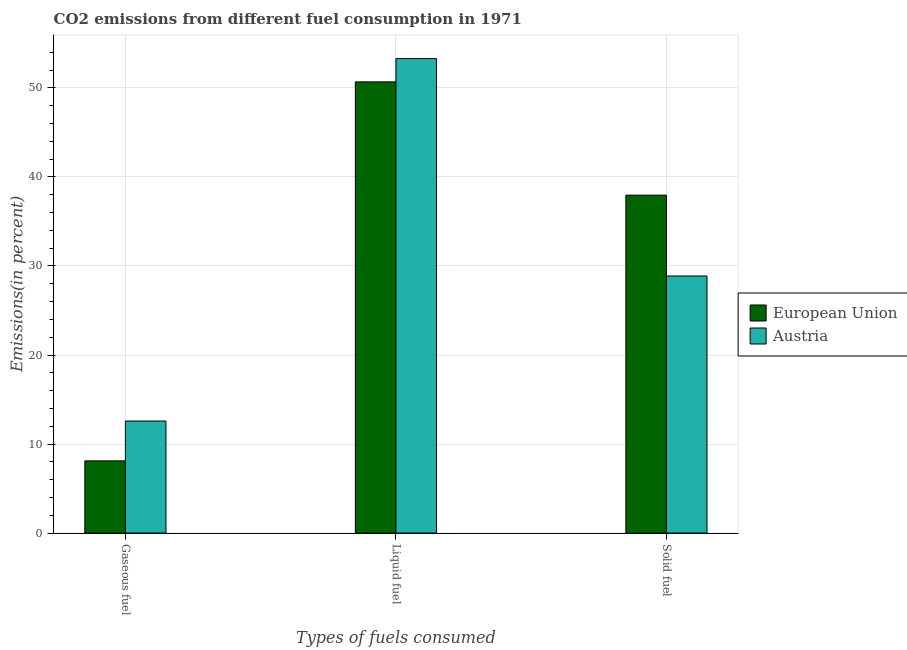
| Types of fuels consumed | European Union | Austria |
 | --- | --- | --- |
 | Gaseous fuel | 8.11 | 12.6 |
 | Liquid fuel | 50.7 | 53.3 |
 | Solid fuel | 38 | 28.9 |